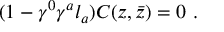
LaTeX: ( 1 - \gamma ^ { 0 } \gamma ^ { a } l _ { a } ) C ( z , \bar { z } ) = 0 \ .